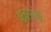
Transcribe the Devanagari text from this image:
झुडूपाची